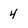
Character: 4